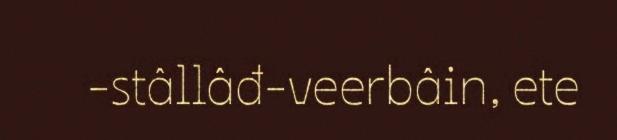
-stâllâđ-veerbâin, ete